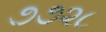
૭૭૨૮